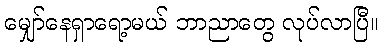
မျှော်နေရှာရော့မယ် ဘာညာတွေ လုပ်လာပြီ။